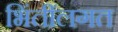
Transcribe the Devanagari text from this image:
भिंतींलगत